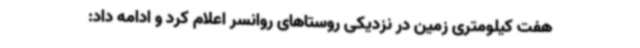
هفت کیلومتری زمین در نزدیکی روستاهای روانسر اعلام کرد و ادامه داد: